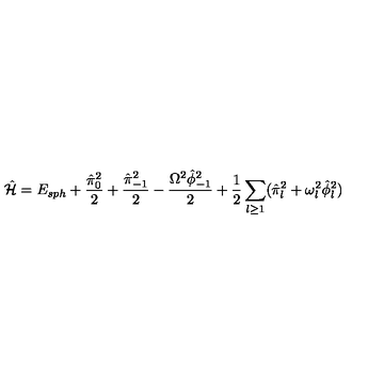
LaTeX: \hat { \cal H } = E _ { s p h } + { \frac { \hat { \pi } _ { 0 } ^ { 2 } } { 2 } } + { \frac { \hat { \pi } _ { - 1 } ^ { 2 } } { 2 } } - { \frac { \Omega ^ { 2 } \hat { \phi } _ { - 1 } ^ { 2 } } { 2 } } + { \frac { 1 } { 2 } } \sum _ { l \ge 1 } ( \hat { \pi } _ { l } ^ { 2 } + \omega _ { l } ^ { 2 } \hat { \phi } _ { l } ^ { 2 } )